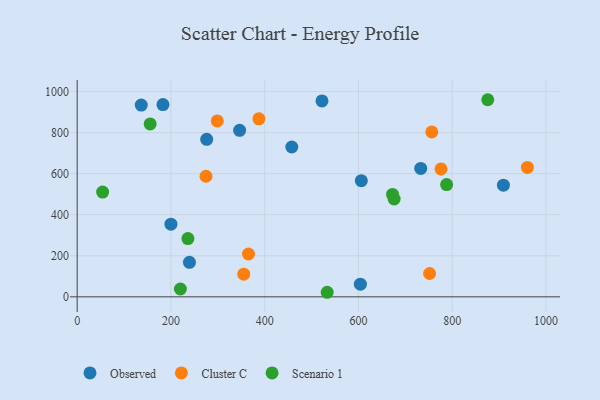
{"axis": {"x": "Distance", "y": "Exam Score"}, "legend": ["Cluster C", "Observed", "Scenario 1"], "data": [{"x": "276.3", "y": 767.2, "type": "Observed"}, {"x": "604.1", "y": 61.7, "type": "Observed"}, {"x": "200.0", "y": 354.0, "type": "Observed"}, {"x": "606.1", "y": 565.8, "type": "Observed"}, {"x": "183.0", "y": 936.3, "type": "Observed"}, {"x": "346.5", "y": 810.8, "type": "Observed"}, {"x": "732.8", "y": 625.3, "type": "Observed"}, {"x": "239.5", "y": 168.2, "type": "Observed"}, {"x": "909.2", "y": 543.7, "type": "Observed"}, {"x": "457.8", "y": 729.8, "type": "Observed"}, {"x": "522.2", "y": 954.0, "type": "Observed"}, {"x": "136.7", "y": 933.7, "type": "Observed"}, {"x": "960.3", "y": 630.5, "type": "Cluster C"}, {"x": "751.7", "y": 113.7, "type": "Cluster C"}, {"x": "756.4", "y": 803.4, "type": "Cluster C"}, {"x": "355.3", "y": 110.5, "type": "Cluster C"}, {"x": "298.9", "y": 856.9, "type": "Cluster C"}, {"x": "274.8", "y": 587.2, "type": "Cluster C"}, {"x": "365.4", "y": 208.6, "type": "Cluster C"}, {"x": "387.7", "y": 867.2, "type": "Cluster C"}, {"x": "776.1", "y": 622.8, "type": "Cluster C"}, {"x": "875.8", "y": 960.0, "type": "Scenario 1"}, {"x": "236.2", "y": 283.6, "type": "Scenario 1"}, {"x": "54.3", "y": 510.1, "type": "Scenario 1"}, {"x": "788.1", "y": 546.9, "type": "Scenario 1"}, {"x": "155.7", "y": 841.9, "type": "Scenario 1"}, {"x": "676.1", "y": 476.5, "type": "Scenario 1"}, {"x": "220.2", "y": 38.2, "type": "Scenario 1"}, {"x": "672.7", "y": 499.0, "type": "Scenario 1"}, {"x": "533.3", "y": 22.2, "type": "Scenario 1"}]}